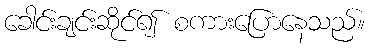
ခေါင်းချင်းဆိုင်၍ စကားပြောနေသည်။